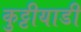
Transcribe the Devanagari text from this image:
कुट्टीयाडी